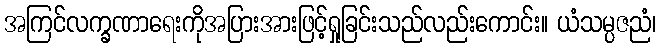
အကြင်လက္ခဏာရေးကိုအပြားအားဖြင့်ရှုခြင်းသည်လည်းကောင်း။ ယံသမ္ပဇညံ၊